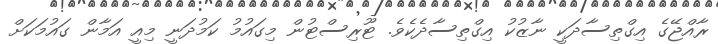
ރާއްޖޭގެ އިގްތިސާދަކީ ނާޒުކު އިގްތިސާދެކެވެ. ޓޫރިސްޓުން މިގައުމު ކަމުދަނީ މިއީ އަމާން ގައުމަކަށް